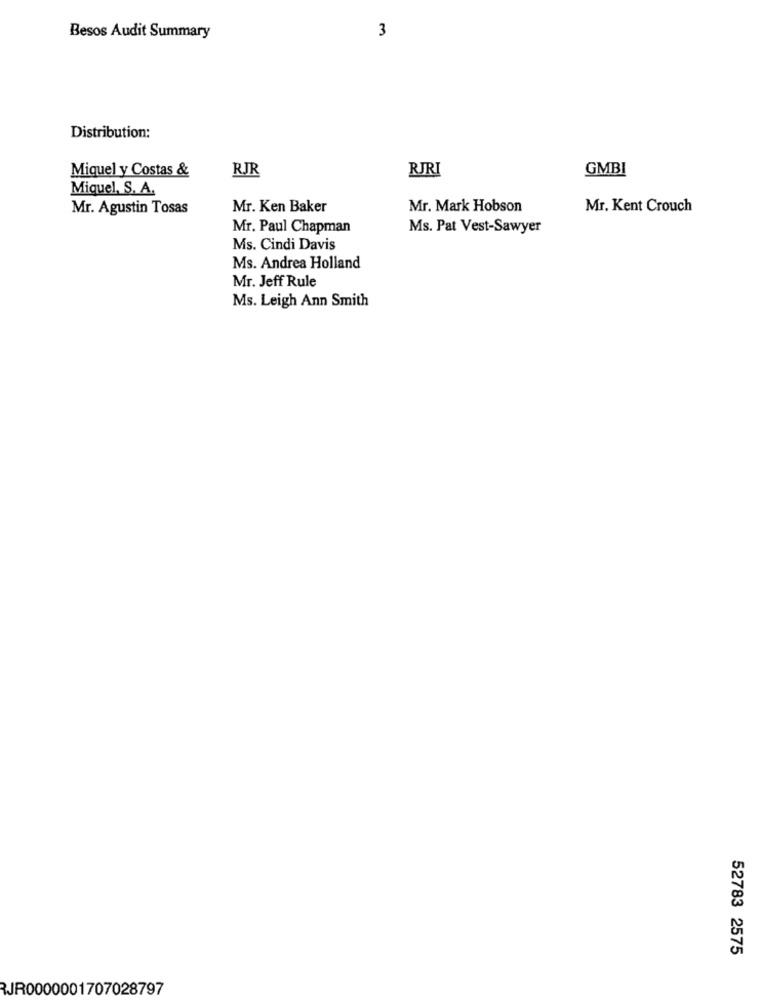
3
Besos Audit Summary
Distribution:
Miquel y Costas &
RJR
RJRI
GMBI
Miquel, S. A.
Mr. Agustin Tosas
Mr. Ken Baker
Mr. Mark Hobson
Mr. Kent Crouch
Mr. Paul Chapman
Ms. Pat Vest-Sawyer
Ms. Cindi Davis
Ms. Andrea Holland
Mr. Jeff Rule
Ms. Leigh Ann Smith
52783 2575
RJR0000001707028797